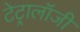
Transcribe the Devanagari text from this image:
टेट्रालॉजी